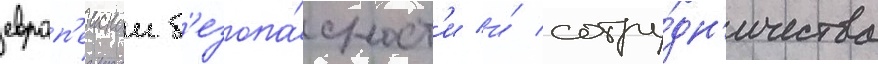
европ'еискои б'езопа́сност'и и́ сотру́дн'ичества